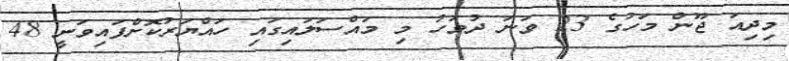
މިދިއަ ޖޫން މަހުގެ 23 ވަނަ ދުވަހު މި މައްސަލައިގައި ހައްޔަރުކޮށްފައިވަނީ 48